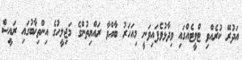
އަދުރޭ ކުރެއްވި ޓްވީޓެއްގައި ވިދާޅުވެފައިވަނީ މިއަހަރު ބާއްވާ ރައްޔިތުންގެ މަޖިލީހުގެ އިންތިޚާބުގައި ރައީސް